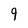
Character: 9